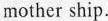
mother ship.